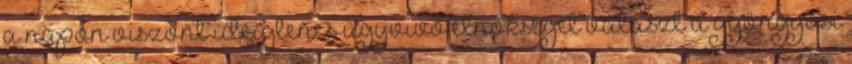
a napon viszont ideiglenes ügyvivő elnökséget választ a gyöngyösi